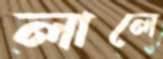
লালে